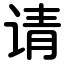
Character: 请